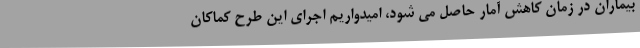
بیماران در زمان کاهش آمار حاصل می شود، امیدواریم اجرای این طرح کماکان